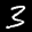
Label: 3